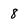
Character: 8